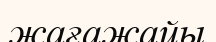
жағажайы